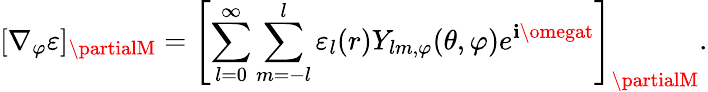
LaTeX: [\nabla_{\varphi}\varepsilon]_{\partialM}=\left[\sum_{l=0}^{\infty}\sum_{m=-l}^{l}\varepsilon_{l}(r)Y_{lm,\varphi}(\theta,\varphi)e^{\mathbf{i}\omegat}\right]_{\partialM}.